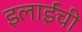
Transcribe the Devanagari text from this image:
इलाईंची